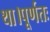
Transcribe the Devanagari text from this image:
था।पूर्णतः